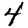
Digit: 4